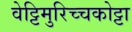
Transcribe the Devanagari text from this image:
वेट्टिमुरिच्चकोट्टा